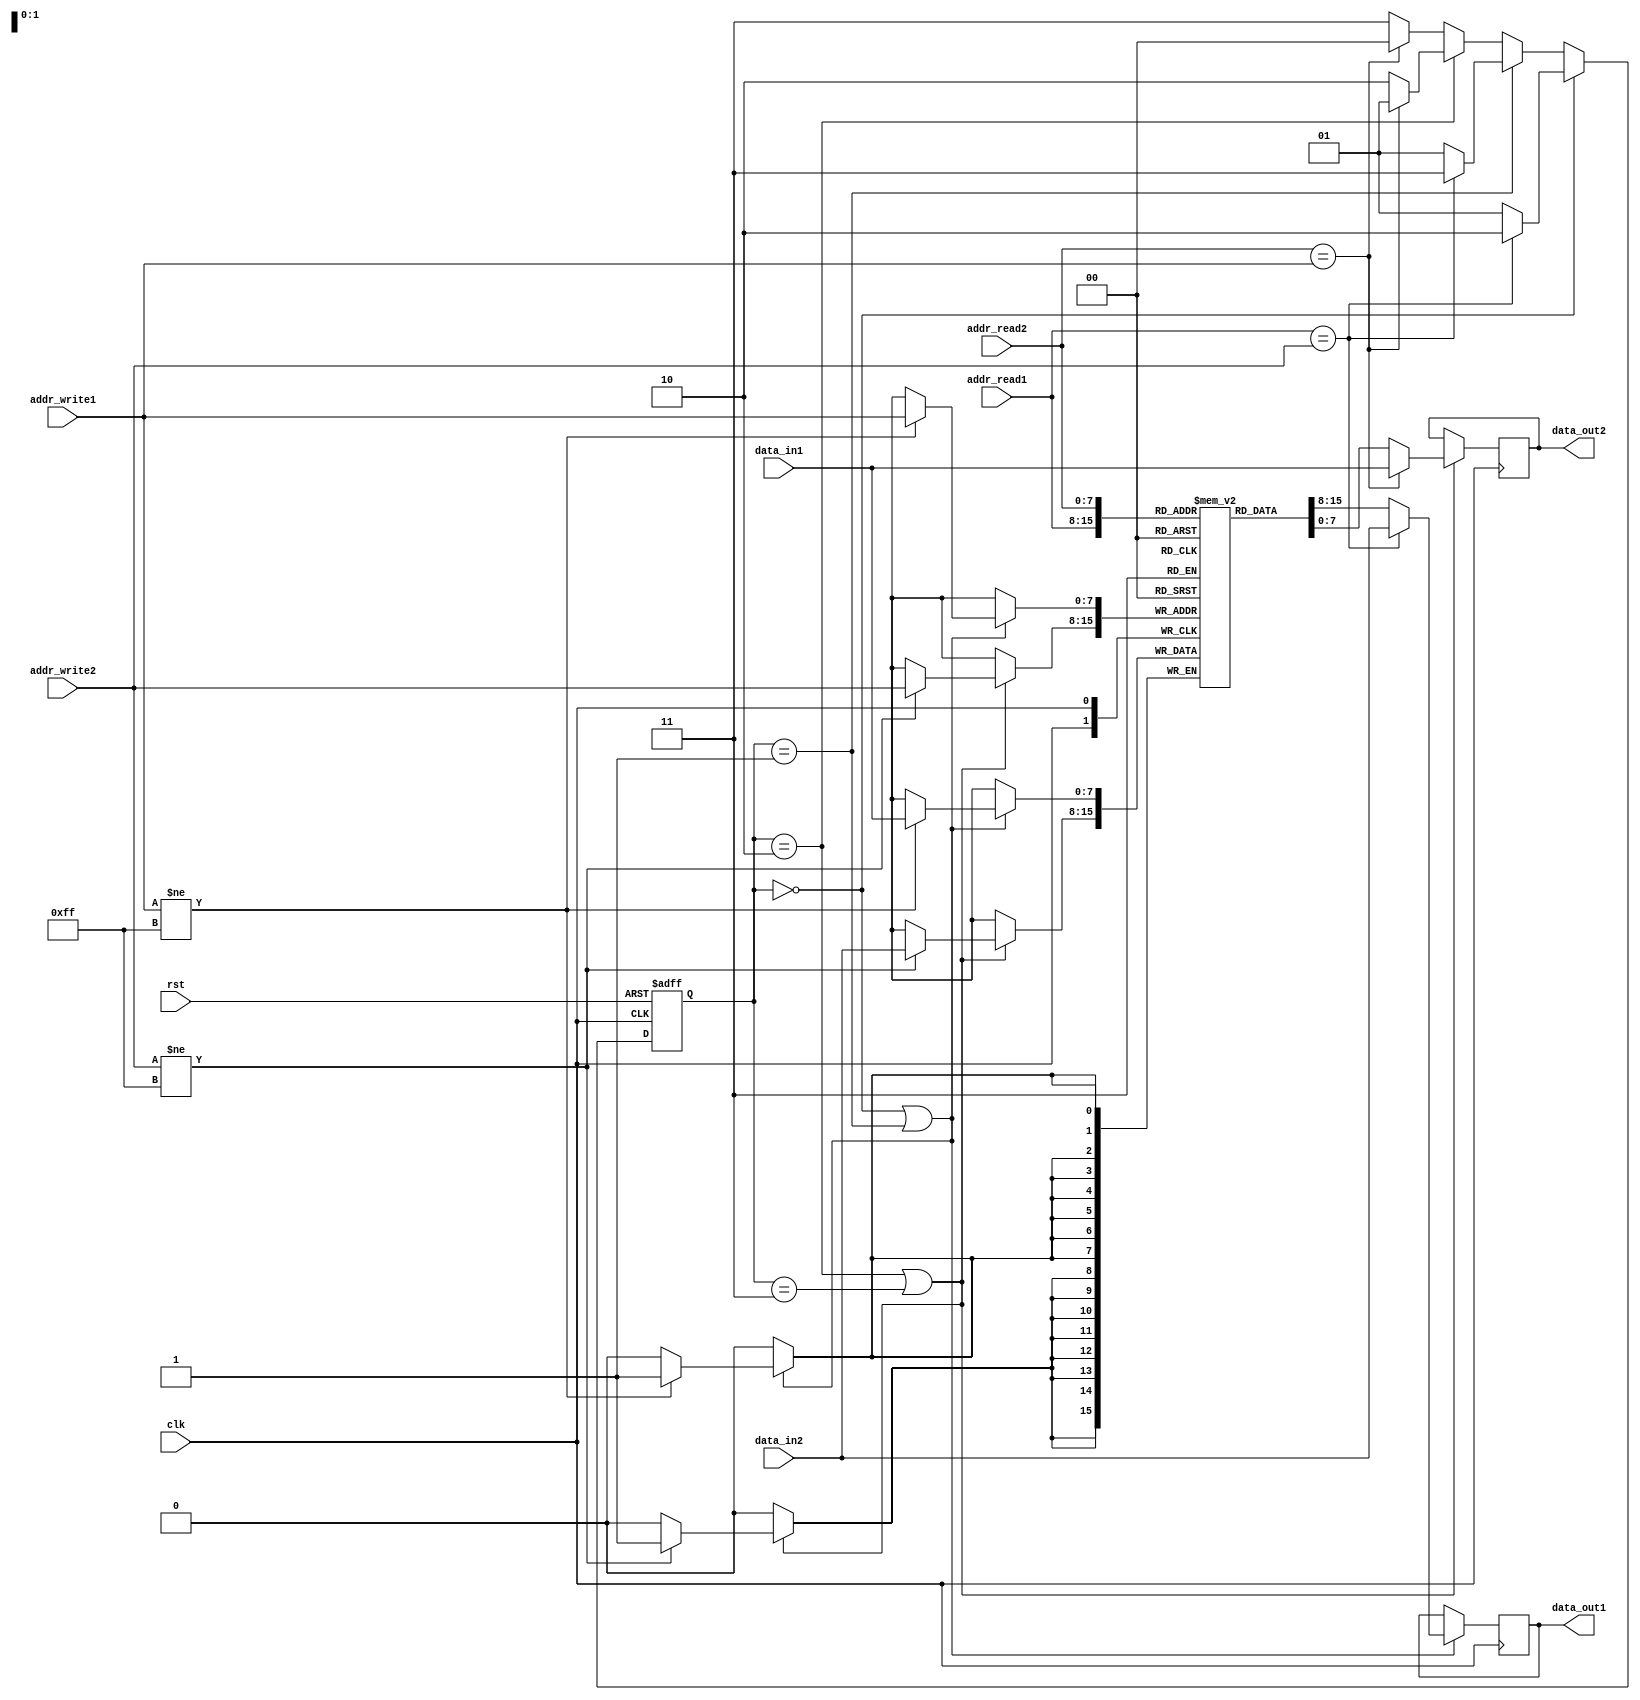
module DualPortRAM (
    input wire clk,
    input wire rst,
    input wire [7:0] addr_read1,
    input wire [7:0] addr_write1,
    input wire [7:0] data_in1,
    output wire [7:0] data_out1,
    input wire [7:0] addr_read2,
    input wire [7:0] addr_write2,
    input wire [7:0] data_in2,
    output wire [7:0] data_out2
);

reg [7:0] memory [0:255];

reg [1:0] arbiter;

always @(posedge clk or posedge rst) begin
    if (rst) begin
        arbiter <= 2'b00;
    end else begin
        if (arbiter == 2'b00) begin
            if (addr_read1 == addr_write2) begin
                arbiter <= 2'b10;
            end else begin
                arbiter <= 2'b01;
            end
        end else if (arbiter == 2'b01) begin
            if (addr_read1 == addr_write2) begin
                arbiter <= 2'b11;
            end else begin
                arbiter <= 2'b01;
            end
        end else if (arbiter == 2'b10) begin
            if (addr_read2 == addr_write1) begin
                arbiter <= 2'b01;
            end else begin
                arbiter <= 2'b10;
            end
        end else begin
            if (addr_read2 == addr_write1) begin
                arbiter <= 2'b00;
            end else begin
                arbiter <= 2'b11;
            end
        end
    end
end

always @(posedge clk) begin
    if (arbiter == 2'b00 || arbiter == 2'b01) begin
        if (addr_read1 == addr_write2) begin
            data_out1 <= data_in2;
        end else begin
            data_out1 <= memory[addr_read1];
        end
        if (addr_write1 != 8'hFF) begin
            memory[addr_write1] <= data_in1;
        end
    end
    
    if (arbiter == 2'b10 || arbiter == 2'b11) begin
        if (addr_read2 == addr_write1) begin
            data_out2 <= data_in1;
        end else begin
            data_out2 <= memory[addr_read2];
        end
        if (addr_write2 != 8'hFF) begin
            memory[addr_write2] <= data_in2;
        end
    end
end

endmodule